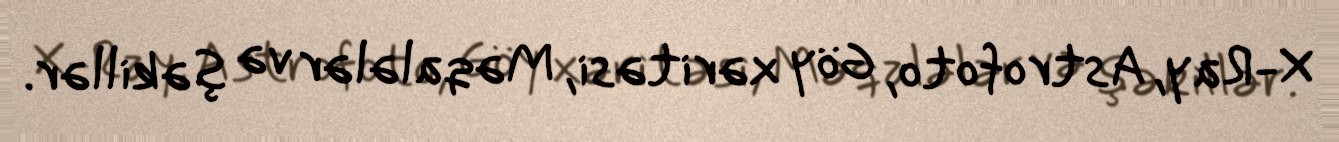
X-Ray, Astrofoto, Göy xəritəsi, Məqalələr və şəkillər.